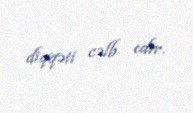
diqqəti cəlb edir.